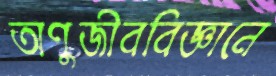
অণুজীববিজ্ঞানে